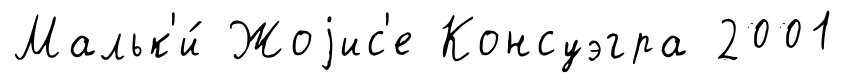
Мальк'и́ Жоjис'е Консуэгра 2001